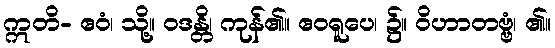
ဣတိ- ဧဝံ၊ သို့။ ဝဒန္တိ၊ ကုန်၏။ ဧဝရူပေ၊ ၌။ ဝိဟာတဗ္ဗံ၊ ၏။